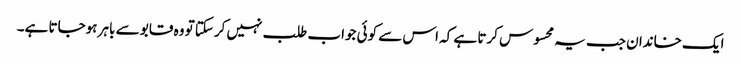
ایک خاندان جب یہ محسوس کرتا ہے کہ اس سے کوئی جواب طلب نہیں کرسکتا تو وہ قابو سے باہر ہوجاتا ہے۔